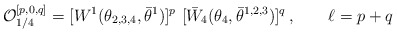
\begin{align*} {\cal O}^{[p,0,q]}_{1/4} = [W^{1}(\theta_{2,3,4}, \bar\theta^{1})]^{p} \ [\bar W_4(\theta_{4}, \bar\theta^{1,2,3})]^{q}\,, \qquad \ell=p+q\end{align*}